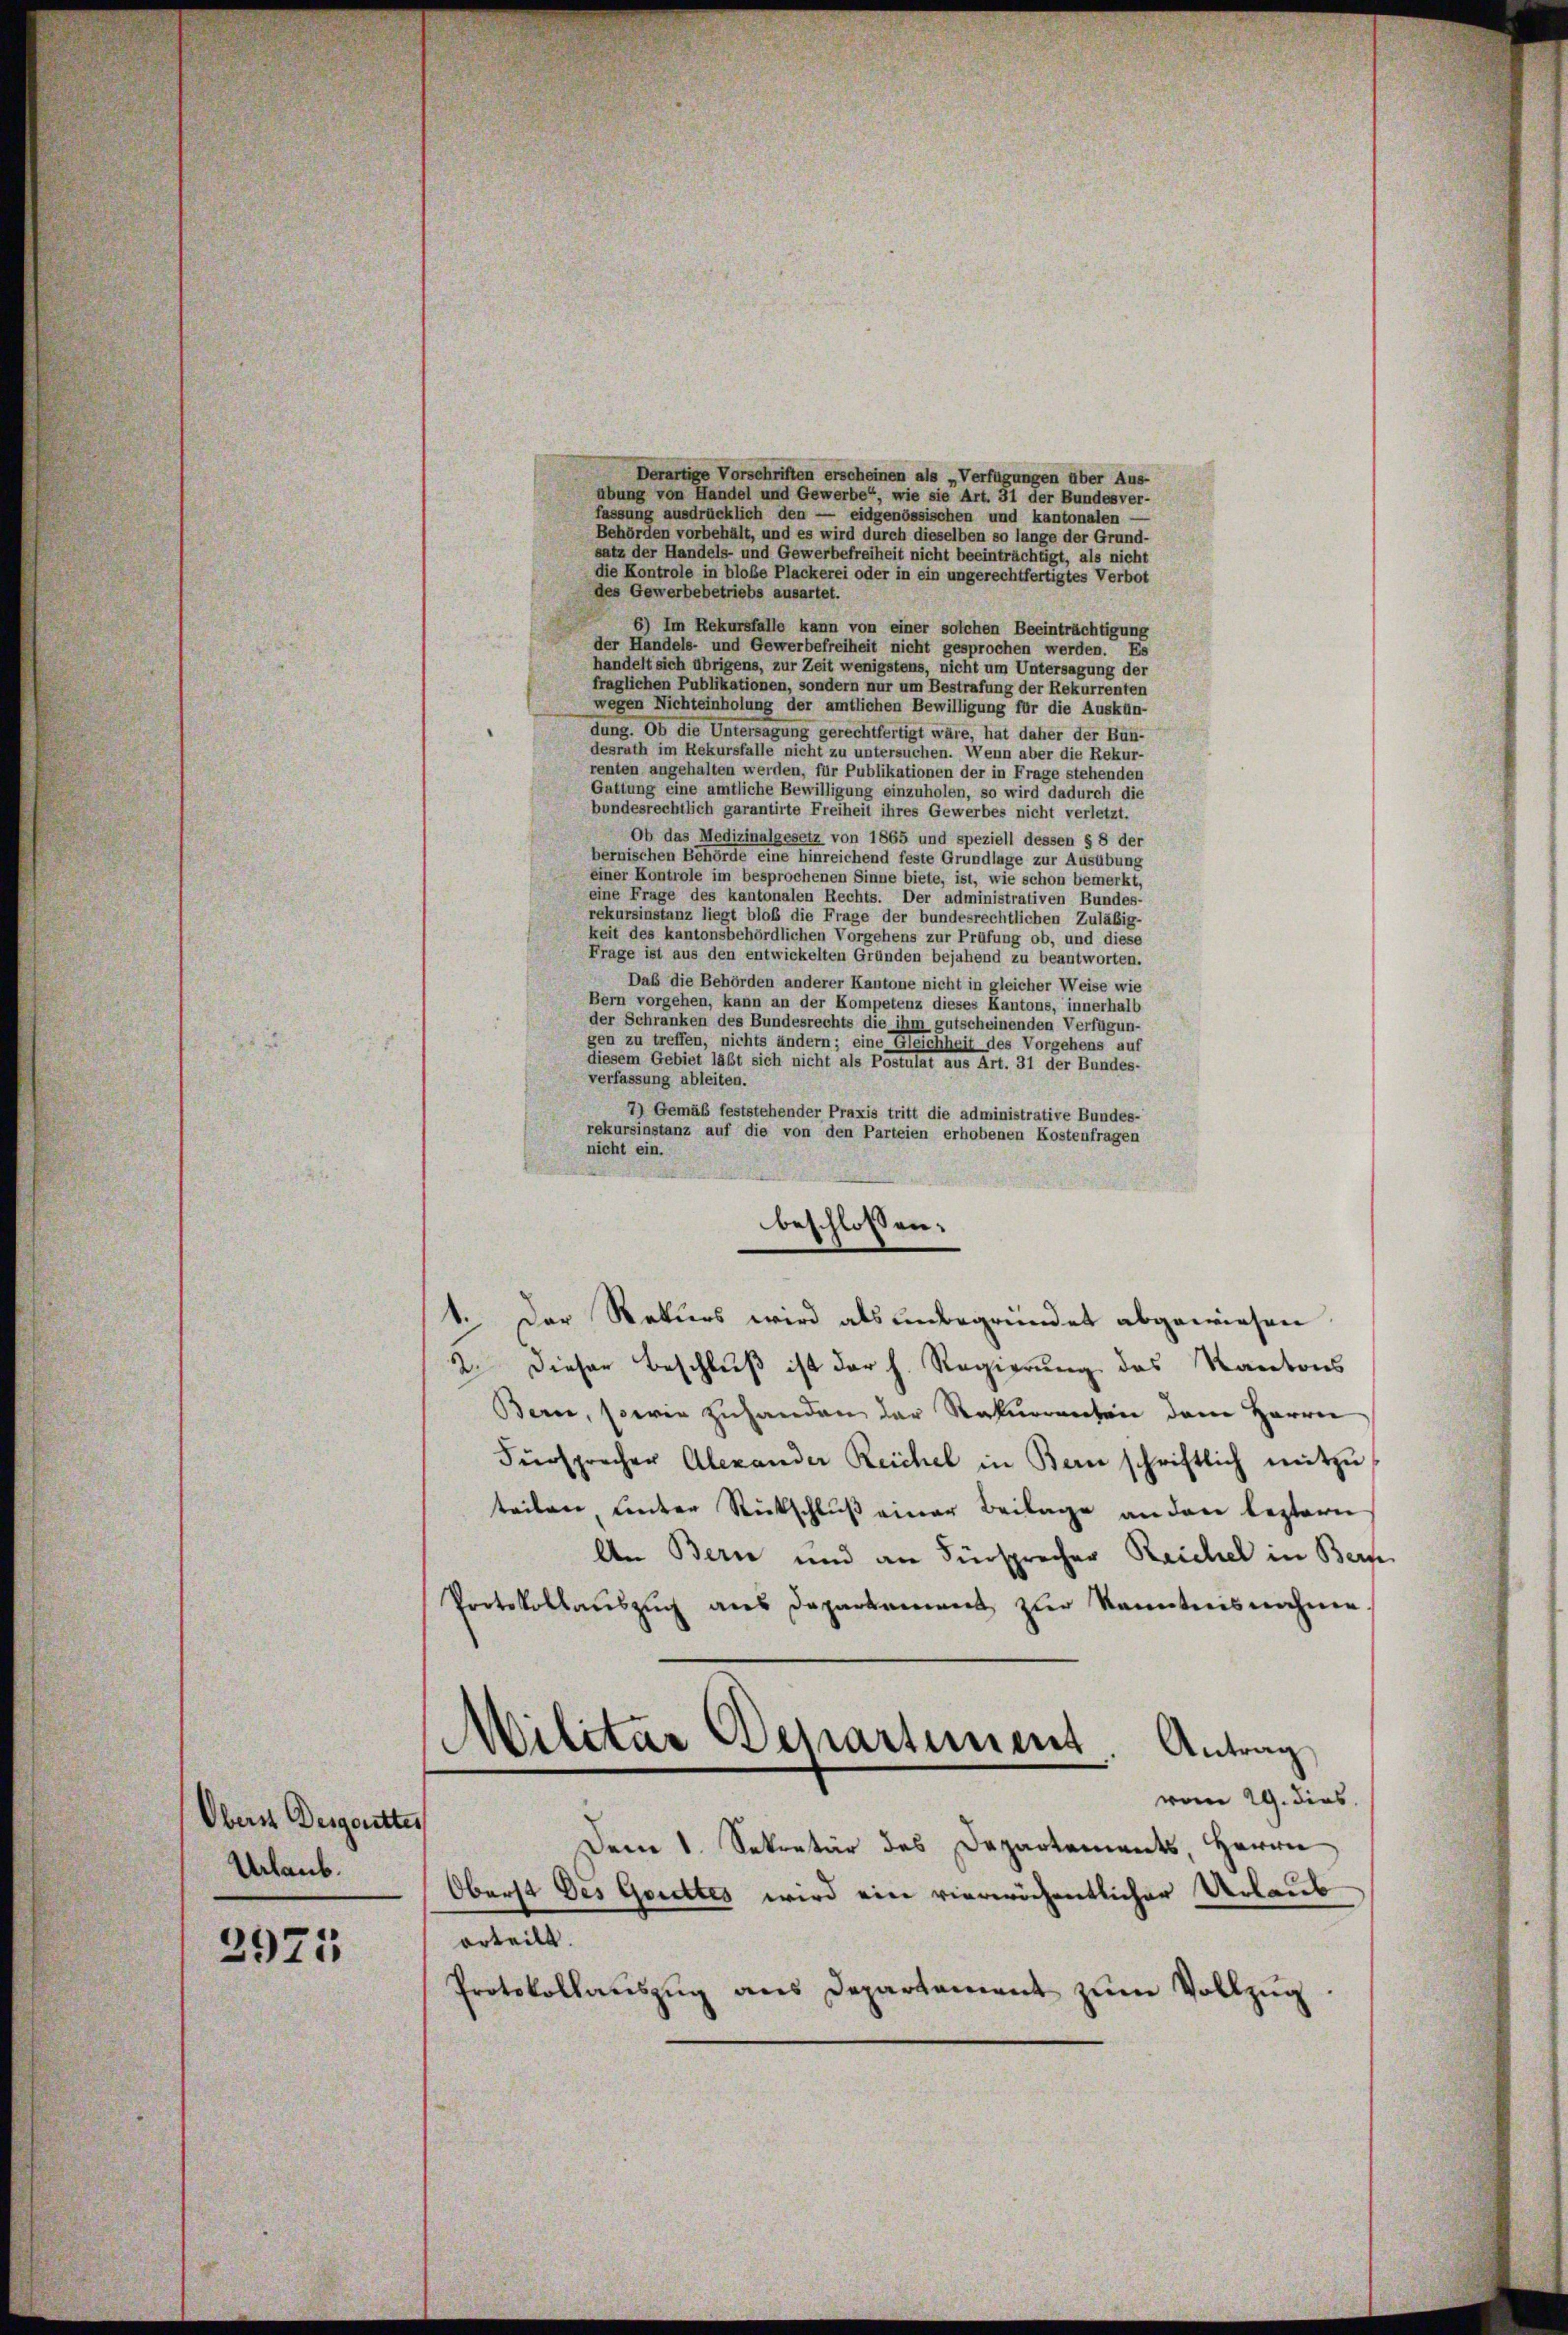
Oberst Desgoutter
Urlaub.
2975

Derartige Vorschriften erscheinen als „Verfügungen über Aus-
abung von Handel und Gewerbe“, wie sie Art. 31 der Bundesver-
fassung ausdrücklich den — eidgenössischen und kantonalen —
Behörden vorbehält, und es wird durch dieselben so lange der Grund-
satz der Handels- und Gewerbefreiheit nicht beeinträchtigt, als nicht
die Kontrole in bloße Plackerei oder in ein ungerechtfertigtes Verbot
des Gewerbebetriebs ausartet.
6) Im Rekursfalle kann von einer solchen Beeinträchtigung
der Handels- und Gewerbefreiheit nicht gesprochen werden. Es
handelt sich übrigens, zur Zeit wenigstens, nicht um Untersagung der
fraglichen Publikationen, sondern nur um Bestrafung der Rekurrenten
wegen Nichteinholung der amtlichen Bewilligung für die Auskün-
dung. Ob die Untersagung gerechtfertigt wäre, hat daher der Bun-
desrath im Rekursfalle nicht zu untersuchen. Wenn aber die Rekur-
renten angehalten werden, für Publikationen der in Frage stehenden
Gattung eine amtliche Bewilligung einzuholen, so wird dadurch die
bundesrechtlich garantirte Freiheit ihres Gewerbes nicht verletzt.
Ob das Medizinalgesetz von 1865 und speziell dessen § 8 der
bernischen Behörde eine hinreichend feste Grundlage zur Ausübung
einer Kontrole im besprochenen Sinne biete, ist, wie schon bemerkt,
eine Frage des kantonalen Rechts. Der administrativen Bundes-
rekursinstanz liegt bloß die Frage der bundesrechtlichen Zuläßig-
keit des kantonsbehördlichen Vorgehens zur Prüfung ob, und diese
Frage ist aus den entwickelten Gründen bejahend zu beantworten.
Daß die Behörden anderer Kantone nicht in gleicher Weise wie
Bern vorgehen, kann an der Kompetenz dieses Kantons, innerhalb
der Schranken des Bundesrechts die ihm gutscheinenden Verfügun-
gen zu treffen, nichts ändern; eine Gleichheit des Vorgehens auf
diesem Gebiet läßt sich nicht als Postulat aus Art. 31 der Bundes-
verfassung ableiten.
7) Gemäß feststehender Praxis tritt die administrative Bundes-
rekursinstanz auf die von den Parteien erhobenen Kostenfragen
nicht ein.
1. Der Rekurs wird als unbegründet abgewirten.
2. Dieser Beschlŭβ ist der h. Regierung des Kantons
Bern, sowie zuhanden der Rekurrenten dem Herrn
Fürsprecher Alexander Reichel in Bern schriftlich mitzŭ
teilen, unter Rückschluß einer Beilage an dere leztern
An Bern und an Fürsprecher Reichel in Bern
Portokollauszug aus Departement zur Kenntnisnahme
MMilitar Departement Antrag
vom 29. dies
Den 1. Sekretär des Departements, Herrn
Oberst des Gorettes wird ein viereröchentlicher Urlaub
orteilt.
Protokollauszug aus Departement zum Vollzug

beschlossen: